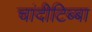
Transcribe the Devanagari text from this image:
चांदीटिब्बा